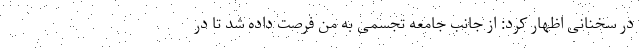
در سخنانی اظهار کرد: از جانب جامعه تجسمی به من فرصت داده شد تا در